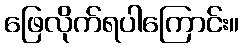
ဖြေလိုက်ရပါကြောင်း။